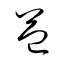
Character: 益